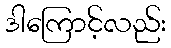
ဒါကြောင့်လည်း